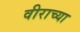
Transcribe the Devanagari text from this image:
वीराच्या